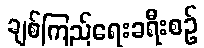
ချစ်ကြည်ရေးခရီးစဉ်